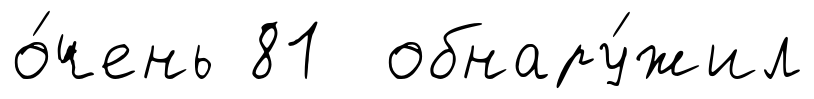
о́чень 81 обнару́жил